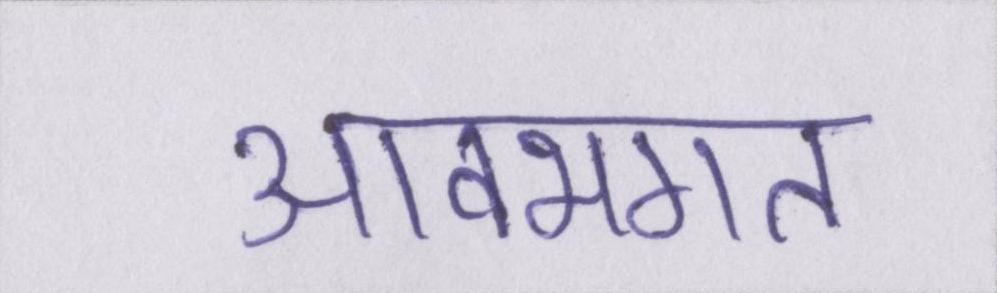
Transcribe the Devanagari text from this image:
आवभगत